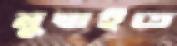
মুম্বাইতে